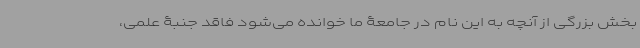
بخش بزرگی از آنچه به این نام در جامعۀ ما خوانده می‌شود فاقد جنبۀ علمی،